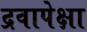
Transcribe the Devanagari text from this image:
द्रवापेक्षा